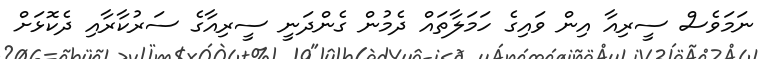
ނަމަވެސް ސީރިއާ އިން ވައިގެ ހަމަލާތައް ދެމުން ގެންދަނީ ސީރިއާގެ ސަރުކާރާއި ދެކޮޅަށް